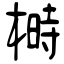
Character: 榯